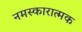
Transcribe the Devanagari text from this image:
नमस्कारात्मक